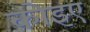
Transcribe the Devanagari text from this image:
कोइए